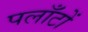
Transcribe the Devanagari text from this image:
पलाँटों